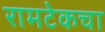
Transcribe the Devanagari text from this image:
रामटेकचा